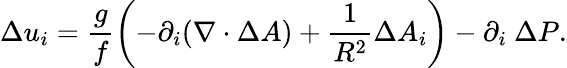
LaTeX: \Delta{u}_{i}=\frac{g}{f}\left(-\partial_{i}(\nabla\cdot\Delta{A})+\frac{1}{R^{2}}\Delta{A}_{i}\right)-\partial_{i}\ \Delta P.